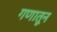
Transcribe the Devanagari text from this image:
गणातून